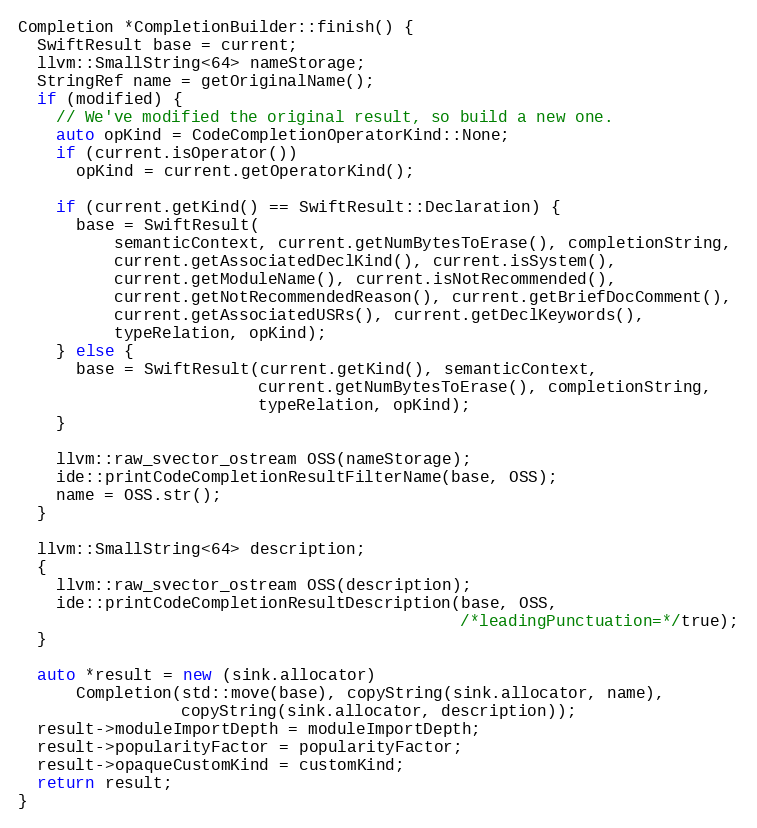
Language: C++
Completion *CompletionBuilder::finish() {
  SwiftResult base = current;
  llvm::SmallString<64> nameStorage;
  StringRef name = getOriginalName();
  if (modified) {
    // We've modified the original result, so build a new one.
    auto opKind = CodeCompletionOperatorKind::None;
    if (current.isOperator())
      opKind = current.getOperatorKind();

    if (current.getKind() == SwiftResult::Declaration) {
      base = SwiftResult(
          semanticContext, current.getNumBytesToErase(), completionString,
          current.getAssociatedDeclKind(), current.isSystem(),
          current.getModuleName(), current.isNotRecommended(),
          current.getNotRecommendedReason(), current.getBriefDocComment(),
          current.getAssociatedUSRs(), current.getDeclKeywords(),
          typeRelation, opKind);
    } else {
      base = SwiftResult(current.getKind(), semanticContext,
                         current.getNumBytesToErase(), completionString,
                         typeRelation, opKind);
    }

    llvm::raw_svector_ostream OSS(nameStorage);
    ide::printCodeCompletionResultFilterName(base, OSS);
    name = OSS.str();
  }

  llvm::SmallString<64> description;
  {
    llvm::raw_svector_ostream OSS(description);
    ide::printCodeCompletionResultDescription(base, OSS,
                                              /*leadingPunctuation=*/true);
  }

  auto *result = new (sink.allocator)
      Completion(std::move(base), copyString(sink.allocator, name),
                 copyString(sink.allocator, description));
  result->moduleImportDepth = moduleImportDepth;
  result->popularityFactor = popularityFactor;
  result->opaqueCustomKind = customKind;
  return result;
}